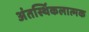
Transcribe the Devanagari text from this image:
अंतर्स्थिकलात्मक